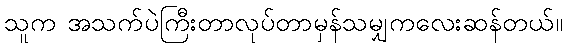
သူက အသက်ပဲကြီးတာလုပ်တာမှန်သမျှကလေးဆန်တယ်။